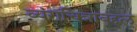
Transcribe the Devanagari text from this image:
व्यंगचित्राबद्दल